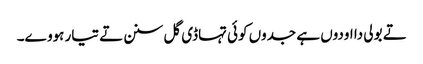
تے بولی دا اودوں ہے جدوں کوئی تہاڈی گل سنن تے تیار ہووے۔